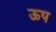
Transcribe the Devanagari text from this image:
ऊप